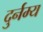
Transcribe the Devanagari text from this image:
दुर्नम्य